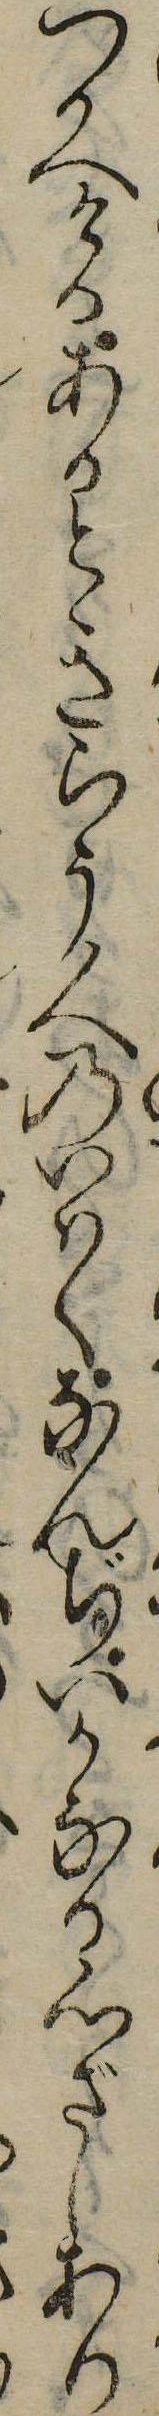
つかへけるあるときらう人のいはくなんぢいかなる心ざしあり